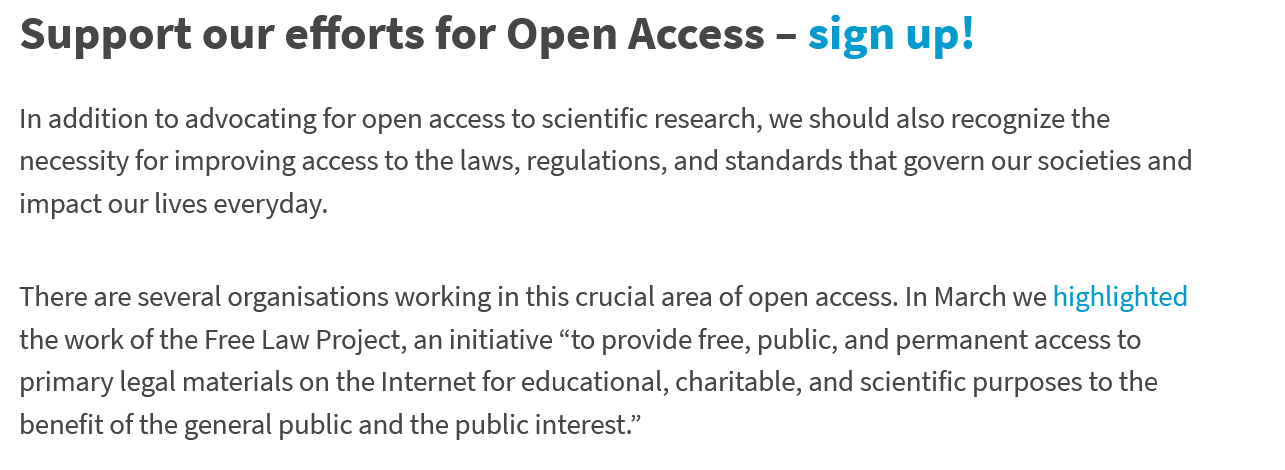
In addition to advocating for open access to scientific research, we should also recognize the
  necessity for improving access to the laws, regulations, and standards that govern our societies and
  impact our lives everyday.
  Support    our efforts    for  Open    Access    sign   up!
  There are several organisations working in this crucial area of open access. In March we highlighted
  the work of the Free Law Project, an initiative “to provide free, public, and permanent access to
  primary legal materials on the Internet for educational, charitable, and scientific purposes to the
  benefit of the general public and the public interest.”